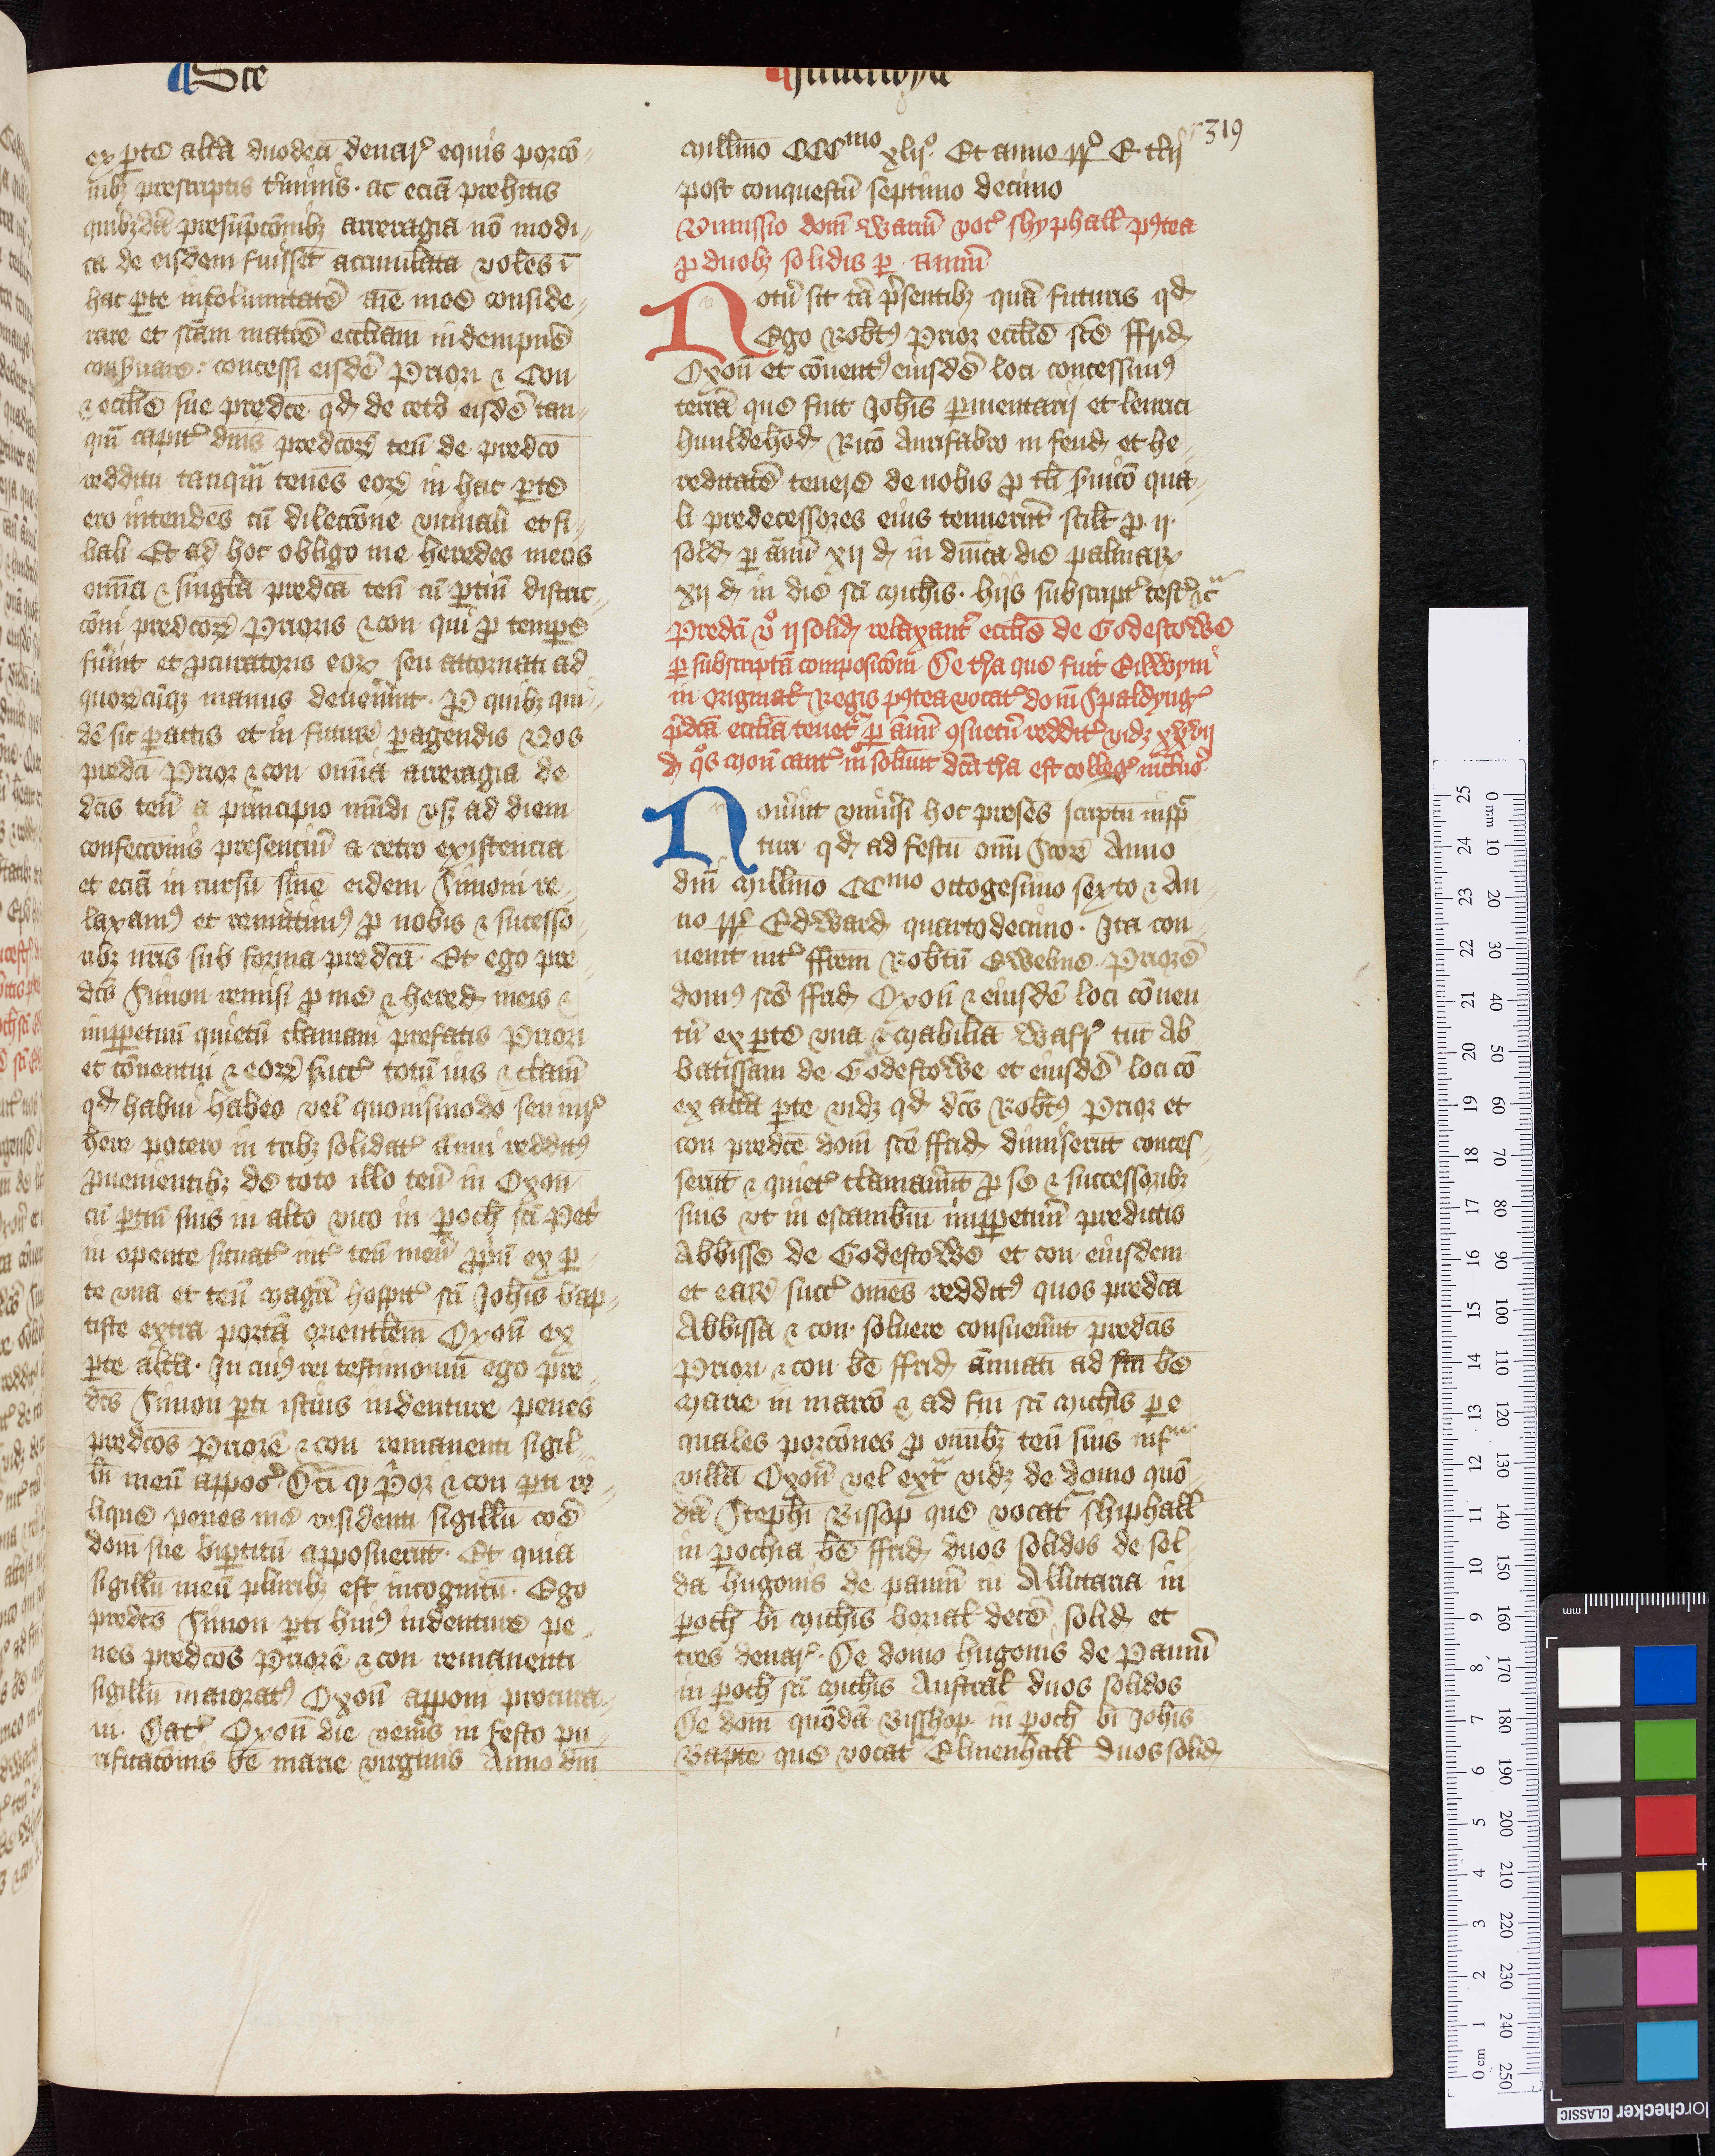
Shelfmark: Oxford, Christ Church Archives, D&C VI.1
Century: 14